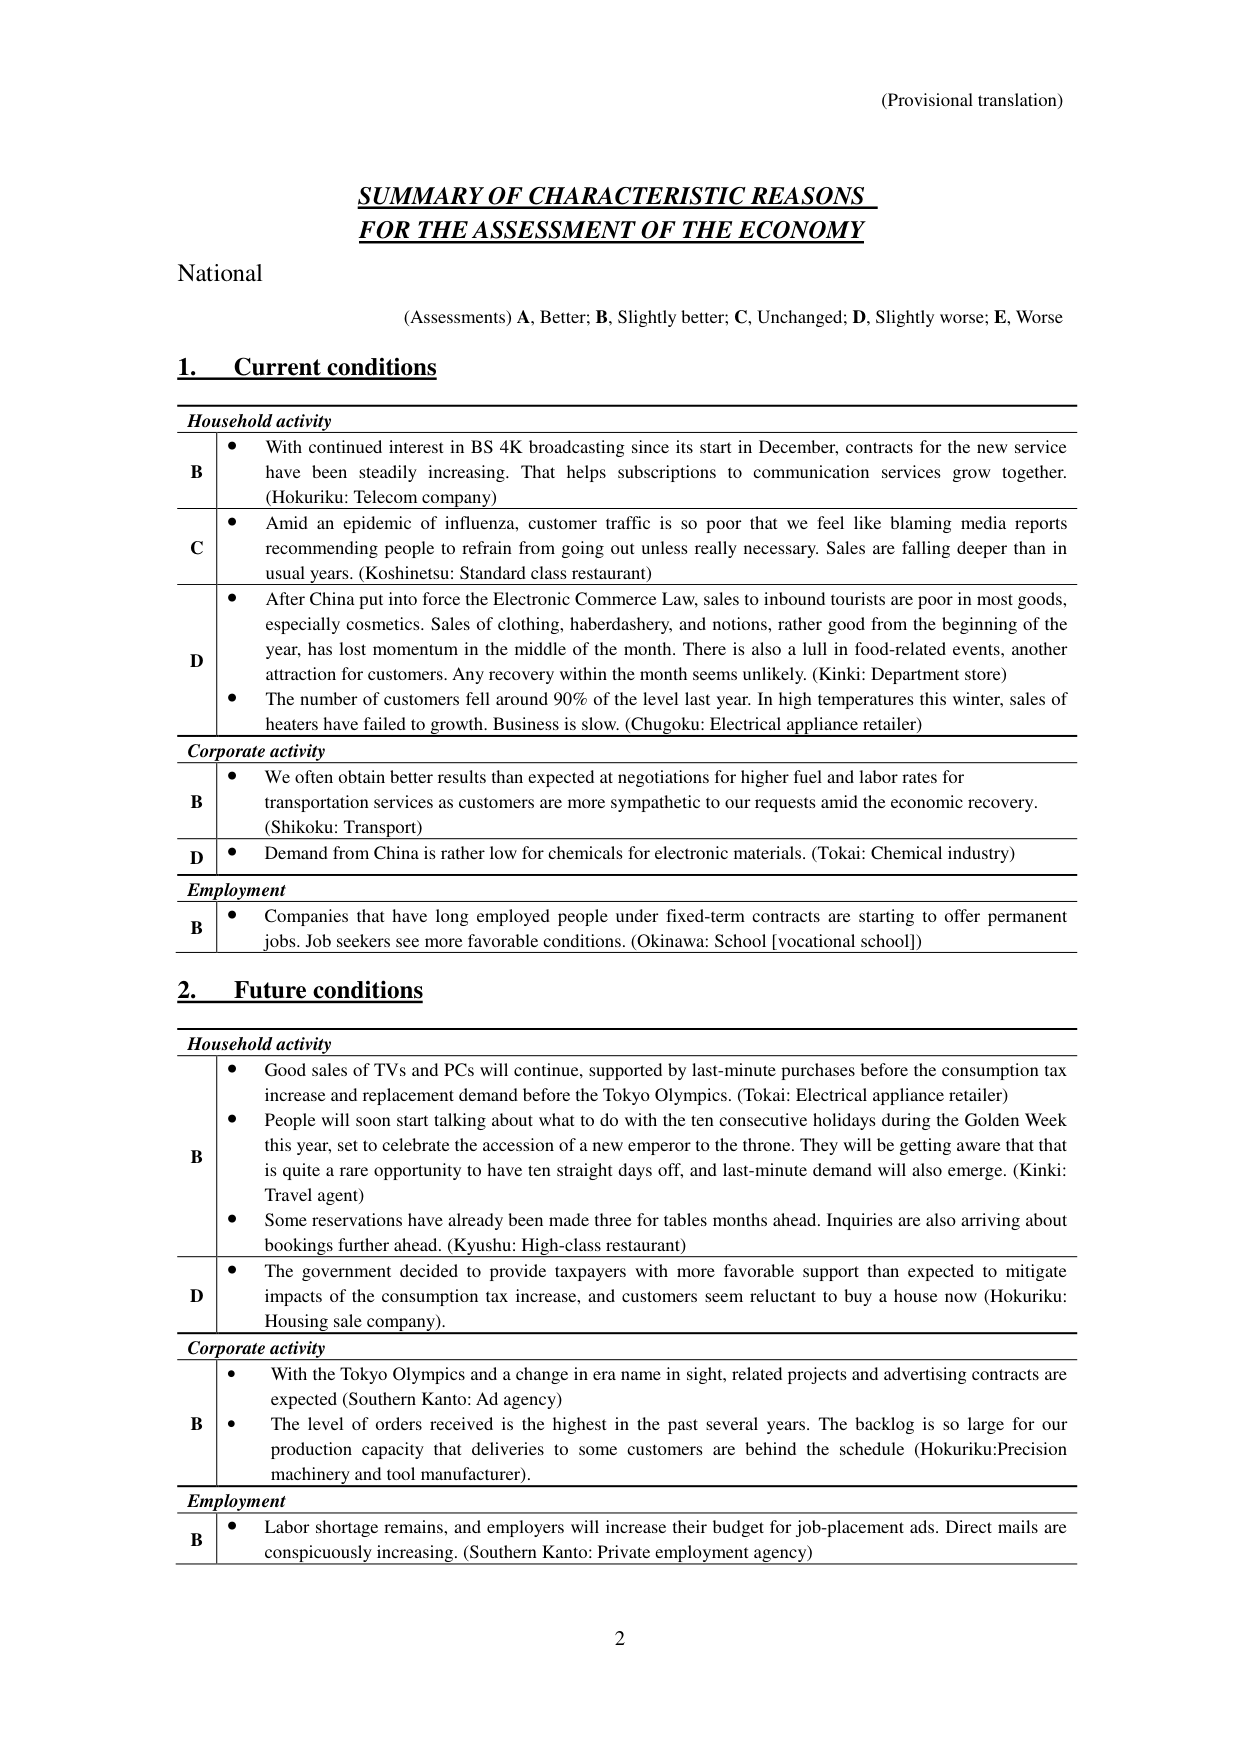
(Provisional translation)

SUMMARY OF CHARACTERISTIC REASONS
FOR THE ASSESSMENT OF THE ECONOMY

National

(Assessments) A, Better; B, Slightly better; C, Unchanged; D, Slightly worse; E, Worse

1. Current conditions

Household activity
B • With continued interest in BS 4K broadcasting since its start in December, contracts for the new service have been steadily increasing. That helps subscriptions to communication services grow together. (Hokuriku: Telecom company)
C • Amid an epidemic of influenza, customer traffic is so poor that we feel like blaming media reports recommending people to refrain from going out unless really necessary. Sales are falling deeper than in usual years. (Koshinetsu: Standard class restaurant)
D • After China put into force the Electronic Commerce Law, sales to inbound tourists are poor in most goods, especially cosmetics. Sales of clothing, haberdashery, and notions, rather good from the beginning of the year, has lost momentum in the middle of the month. There is also a lull in food-related events, another attraction for customers. Any recovery within the month seems unlikely. (Kinki: Department store)
• The number of customers fell around 90% of the level last year. In high temperatures this winter, sales of heaters have failed to growth. Business is slow. (Chugoku: Electrical appliance retailer)

Corporate activity
B • We often obtain better results than expected at negotiations for higher fuel and labor rates for transportation services as customers are more sympathetic to our requests amid the economic recovery. (Shikoku: Transport)
D • Demand from China is rather low for chemicals for electronic materials. (Tokai: Chemical industry)

Employment
B • Companies that have long employed people under fixed-term contracts are starting to offer permanent jobs. Job seekers see more favorable conditions. (Okinawa: School [vocational school])

2. Future conditions

Household activity
B • Good sales of TVs and PCs will continue, supported by last-minute purchases before the consumption tax increase and replacement demand before the Tokyo Olympics. (Tokai: Electrical appliance retailer)
• People will soon start talking about what to do with the ten consecutive holidays during the Golden Week this year, set to celebrate the accession of a new emperor to the throne. They will be getting aware that that is quite a rare opportunity to have ten straight days off, and last-minute demand will also emerge. (Kinki: Travel agent)
• Some reservations have already been made three for tables months ahead. Inquiries are also arriving about bookings further ahead. (Kyushu: High-class restaurant)
D • The government decided to provide taxpayers with more favorable support than expected to mitigate impacts of the consumption tax increase, and customers seem reluctant to buy a house now (Hokuriku: Housing sale company).

Corporate activity
B • With the Tokyo Olympics and a change in era name in sight, related projects and advertising contracts are expected (Southern Kanto: Ad agency)
• The level of orders received is the highest in the past several years. The backlog is so large for our production capacity that deliveries to some customers are behind the schedule (Hokuriku: Precision machinery and tool manufacturer).

Employment
B • Labor shortage remains, and employers will increase their budget for job-placement ads. Direct mails are conspicuously increasing. (Southern Kanto: Private employment agency)

2